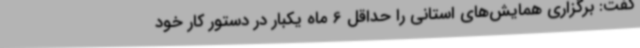
گفت: برگزاری همایش‌های استانی را حداقل 6 ماه یکبار در دستور کار خود